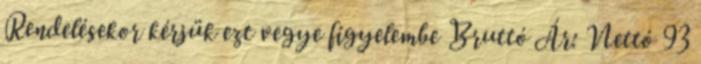
Rendelésekor kérjük ezt vegye figyelembe Bruttó Ár: Nettó 93